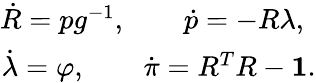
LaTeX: \begin{array}{r}{\dot{R}=pg^{-1},\qquad\dot{p}=-R\lambda,~}\\ {\dot{\lambda}=\varphi,\qquad\dot{\pi}=R^{T}R-{\mathbf 1}.}\end{array}